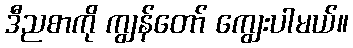
ဒီညစာကို ကျွန်တော် ကျွေးပါမယ်။